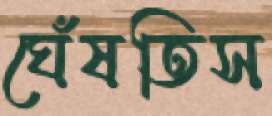
ঘেঁষতিস